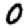
Digit: 0